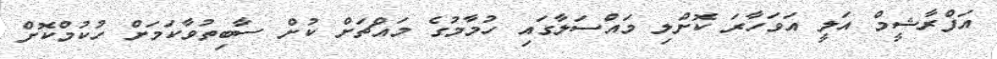
އަފްރާޝީމް އަލީ އަވަހާރަ ކޮށްލި މައްސަލާގައި ހުމާމުގެ މައްޗަށް ކުށް ސާބިތުވާކަމަށް ހުކުމްކޮށް